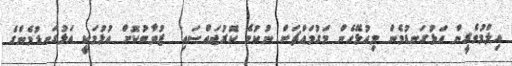
އިލްމުވެރީން އަޅުގަނޑުމެން މިއުޅޭހެން މަގުމައްޗަށް ނުކުމެ ކޮރުޖައްސައި  ޒުވާބުކޮށް އުޅުމަކީ އަޅުގަނޑުމެންގެ